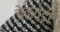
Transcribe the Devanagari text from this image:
बेळवंडी